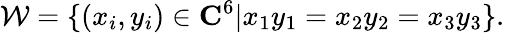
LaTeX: {\cal W}=\{ (x_{i},y_{i})\in{\mathbf C}^{6}|x_{1}y_{1}=x_{2}y_{2}=x_{3}y_{3}\} .